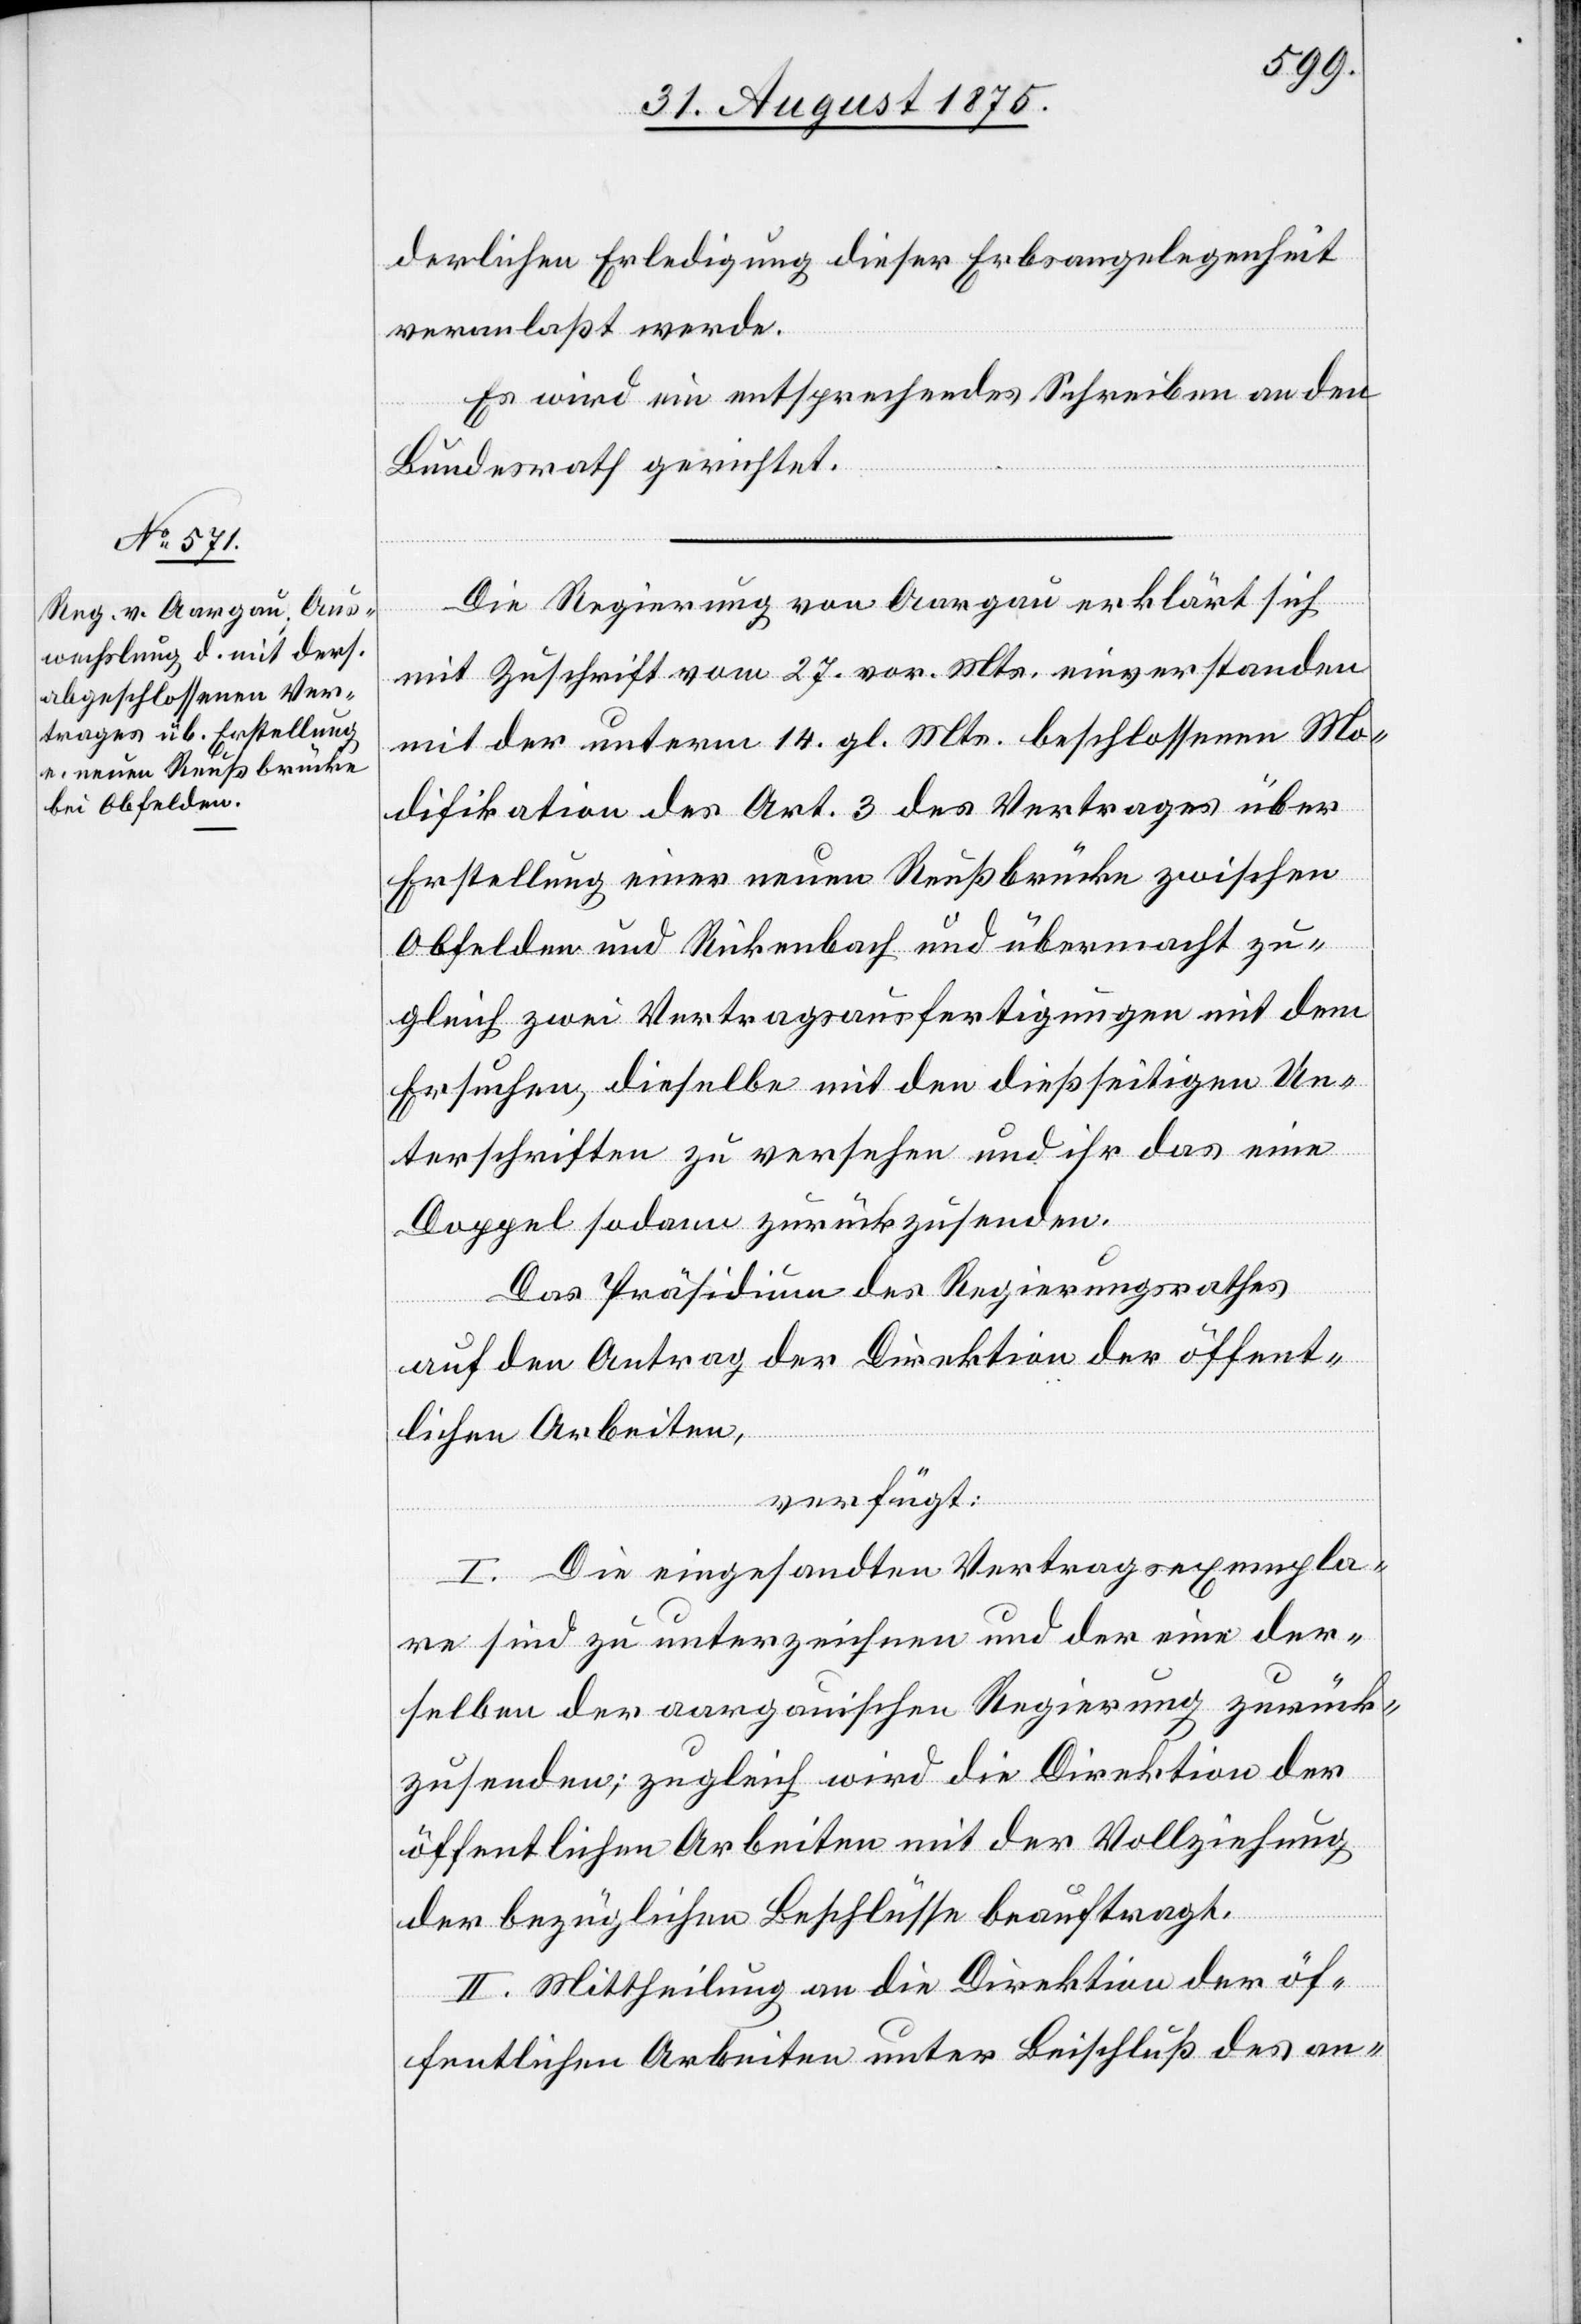
derlichen Erledigung dieser Erbsangelegenheit
veranlaßt werde.
Es wird ein entsprechendes Schreiben an den
Bundesrath gerichtet.
Die Regierung von Aargau erklärt sich
mit Zuschrift vom 27. vor. Mts. einverstanden
mit der unterm 14. gl. Mts. beschlossenen Mo¬
difikation des Art. 3 des Vertrages über
Erstellung einer neuen Reußbrücke zwischen
Obfelden und Rickenbach und übermacht zu¬
gleich zwei Vertragsausfertigungen mit dem
Ersuchen, dieselbe mit den dießseitigen Un¬
terschriften zu versehen und ihr das eine
Doppel sodann zurückzusenden.
Das Präsidium des Regierungsrathes
auf den Antrag der Direktion der öffent¬
lichen Arbeiten,
verfügt:
I. Die eingesandten Vertragsexempla¬
re sind zu unterzeichnen und der eine der¬
selben der aargauischen Regierung zurück¬
zusenden; zugleich wird die Direktion der
öffentlichen Arbeiten mit der Vollziehung
der bezüglichen Beschlüsse beauftragt.
II. Mittheilung an die Direktion der öf¬
fentlichen Arbeiten unter Beschluß des an-